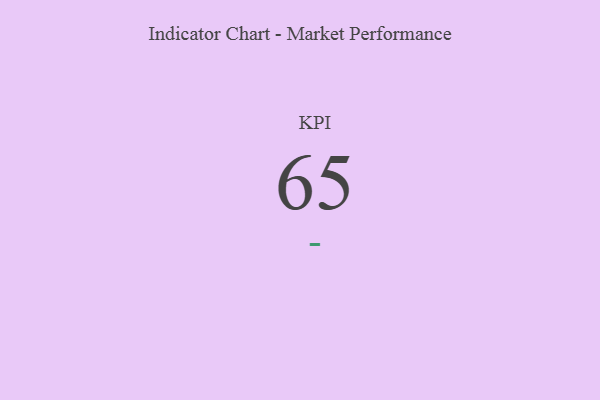
{"axis": {"x": "KPI", "y": "Value"}, "legend": [""], "data": [{"x": "KPI", "y": 65, "type": ""}]}